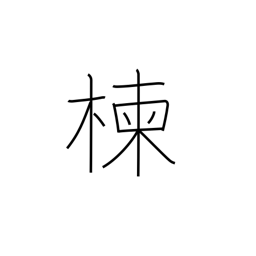
Meaning: Japanese bead tree